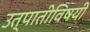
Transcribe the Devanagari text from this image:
उत्पातीविषयी